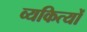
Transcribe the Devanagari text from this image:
व्यकित्यों